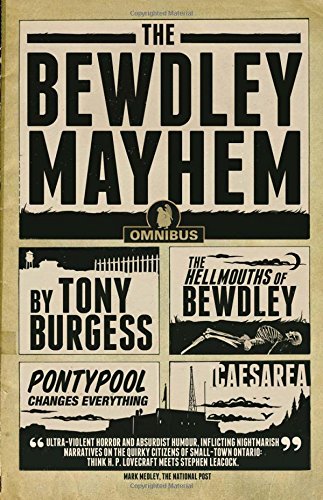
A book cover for The Bewdley Mayhem: Hellmouths of Bewdley, Pontypool Changes Everything, Caesarea; Tony Burgess; Literature & Fiction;